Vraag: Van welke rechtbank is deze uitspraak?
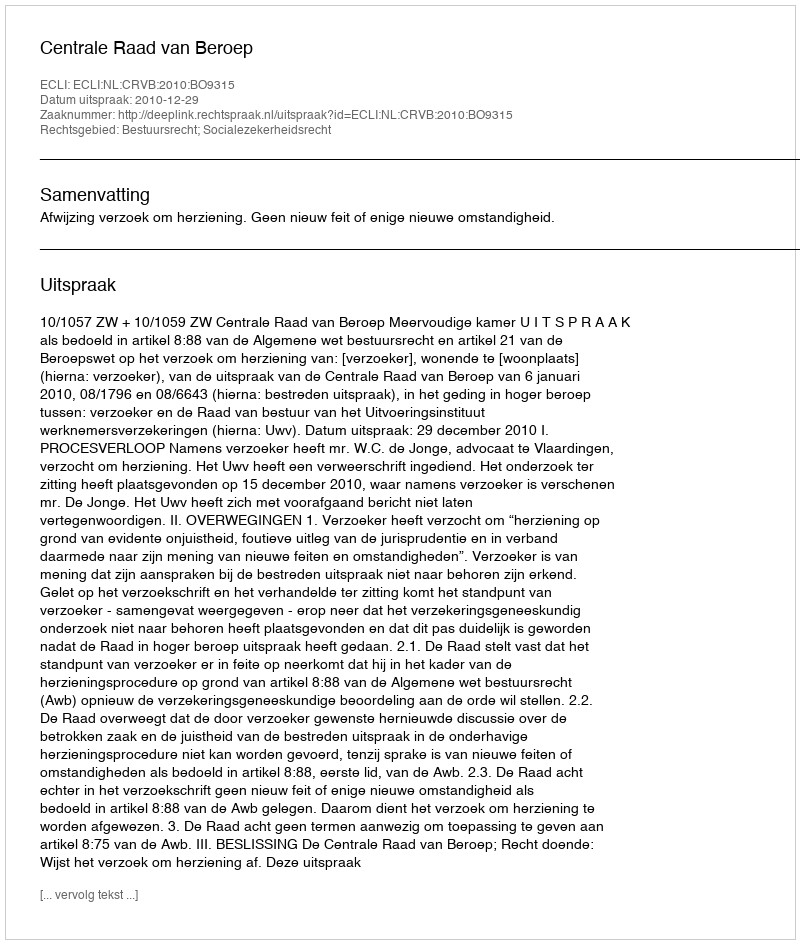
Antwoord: Centrale Raad van Beroep